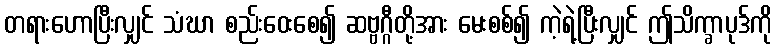
တရားဟောပြီးလျှင် သံဃာ စည်းဝေးစေ၍ ဆဗ္ဗဂ္ဂီတို့အား မေးစစ်၍ ကဲ့ရဲ့ပြီးလျှင် ဤသိက္ခာပုဒ်ကို